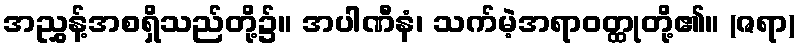
အညွှန့်အစရှိသည်တို့၌။ အပါဏီနံ၊ သက်မဲ့အရာဝတ္ထုတို့၏။ (ဇရာ)